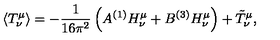
\langle T _ { \nu } ^ { \mu } \rangle = - { \frac { 1 } { 1 6 \pi ^ { 2 } } } \left( A { } ^ { ( 1 ) } H _ { \nu } ^ { \mu } + B { } ^ { ( 3 ) } H _ { \nu } ^ { \mu } \right) + \tilde { T } _ { \nu } ^ { \mu } ,